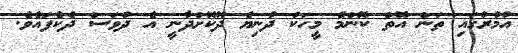
އުމުރުގައި ތަން އޮތް ކޮންމެ މީހަކު ދުނިޔެ ދޫކޮށްދާނީ އެ ދުވަސް ދެކެފައެވެ.